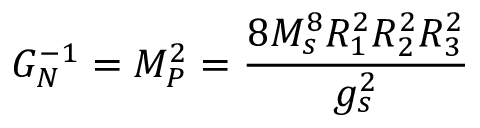
G _ { N } ^ { - 1 } = M _ { P } ^ { 2 } = { \frac { 8 M _ { s } ^ { 8 } R _ { 1 } ^ { 2 } R _ { 2 } ^ { 2 } R _ { 3 } ^ { 2 } } { g _ { s } ^ { 2 } } }